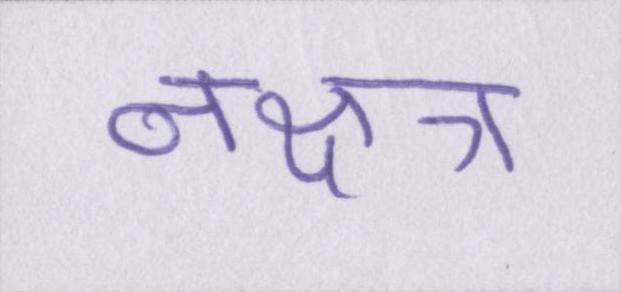
नक्षत्र